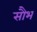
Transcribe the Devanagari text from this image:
सौभ